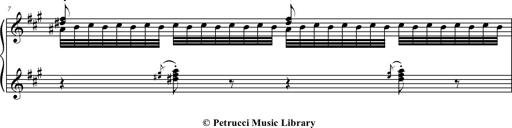
Title: 2 LÃ©gendes
Composer: Franz Liszt